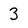
Character: 3